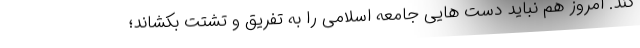
کند. امروز هم نباید دست هایی جامعه اسلامی را به تفریق و تشتت بکشاند؛